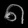
Digit: ၈